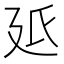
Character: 𭚓